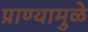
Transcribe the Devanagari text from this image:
प्राण्यामुळे